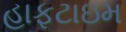
હાફટાઇમ